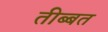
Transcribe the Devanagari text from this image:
तीब्‍बत